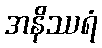
အနိဿရံ